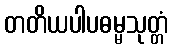
တတိယပါပဓမ္မသုတ္တံ